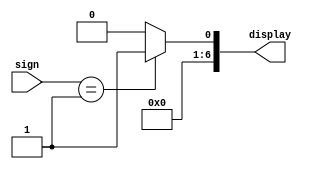
`timescale 1ns / 1ps
//////////////////////////////////////////////////////////////////////////////////
// Company: 
// Engineer: 
// 
// Design Name: 
// Module Name:    SignBitDecoder 
// Project Name: 
// Target Devices: 
// Tool versions: 
// Description: 
//
// Dependencies: 
//
// Revision: 
// Revision 0.01 - File Created
// Additional Comments: 
//
//////////////////////////////////////////////////////////////////////////////////
module SignBitDecoder(
    input [3:0] sign,
    output [6:0] display
    );
	
	assign display = (sign == 4'b0001)? 7'b0000001 : 7'b0000000;

endmodule